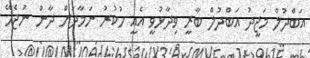
އަބްދުލް މަޖީދު އަބްދުލް ބާރީ ވިދާޅުވީ އެއީ ހުކުރު ނަމާދަށް ދާން ނުޖެހޭ